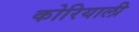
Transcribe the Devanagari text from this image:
कोरियाली